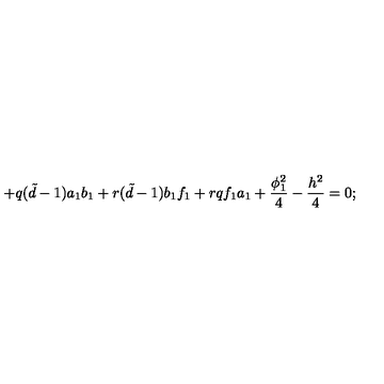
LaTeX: + q ( { \tilde { d } } - 1 ) a _ { 1 } b _ { 1 } + r ( { \tilde { d } } - 1 ) b _ { 1 } f _ { 1 } + r q f _ { 1 } a _ { 1 } + \frac { \phi _ { 1 } ^ { 2 } } { 4 } - \frac { h ^ { 2 } } { 4 } = 0 ;